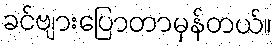
ခင်ဗျားပြောတာမှန်တယ်။